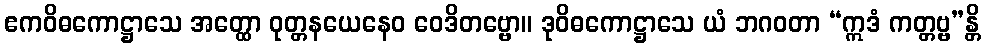
ဧကဝိဓကောဋ္ဌာသေ အတ္ထော ဝုတ္တနယေနေဝ ဝေဒိတဗ္ဗော။ ဒုဝိဓကောဋ္ဌာသေ ယံ ဘဂဝတာ “ဣဒံ ကတ္တဗ္ဗ”န္တိ